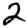
Digit: 2